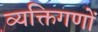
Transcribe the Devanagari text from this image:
व्यक्तिगणों